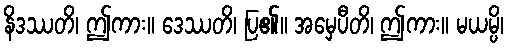
နိဒဿတိ၊ ဤကား။ ဒေဿတိ၊ ပြ၏။ အမှေပီတိ၊ ဤကား။ မယမ္ပိ၊